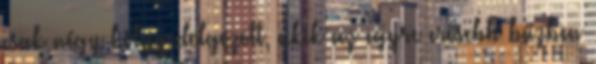
csak négy hölgy dolgozott, akik az egyre erősebb bűzben